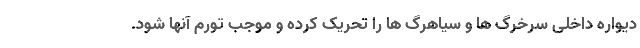
دیواره داخلی سرخرگ ها و سیاهرگ ها را تحریک کرده و موجب تورم آنها شود.